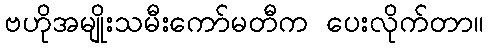
ဗဟိုအမျိုးသမီးကော်မတီက ပေးလိုက်တာ။